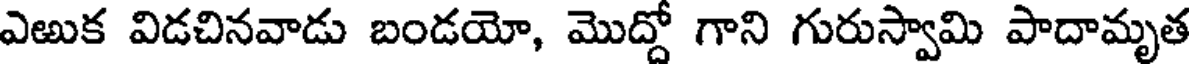
ఎఱుక విడచినవాడు బండయో, మొద్దో గాని గురుస్వామి పాదామృత